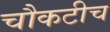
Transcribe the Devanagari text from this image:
चौकटीच